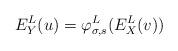
LaTeX: \begin{align*}E^L_Y(u) = \varphi^L_{\sigma, s}(E^L_X(v))\end{align*}